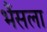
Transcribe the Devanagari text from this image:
भैंसला